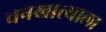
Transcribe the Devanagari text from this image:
वनखात्याला